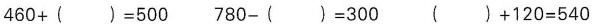
$$4 6 0 + ( ) = 5 0 0$$ $$7 8 0 -( ) = 3 0 0$$ $$( ) + 1 2 0 = 5 4 0$$